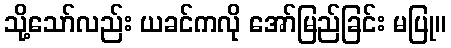
သို့သော်လည်း ယခင်ကလို အော်မြည်ခြင်း မပြု။